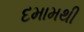
દમામથી